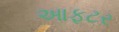
આફટર